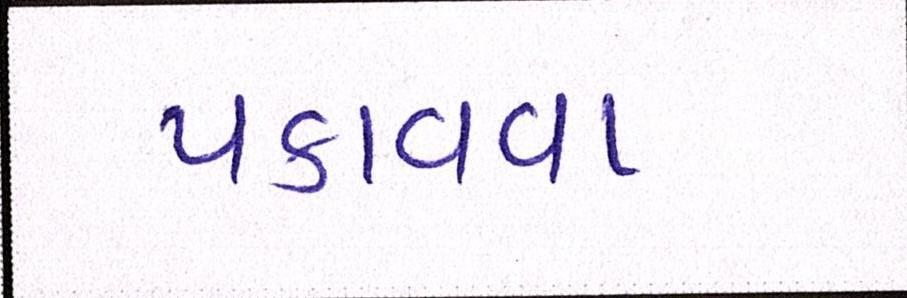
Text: પકાવવા